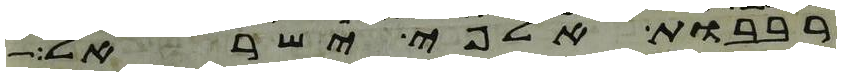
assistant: רבבות אלפי ישראל